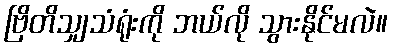
ဗြိတိသျှသံရုံးကို ဘယ်လို သွားနိုင်မလဲ။